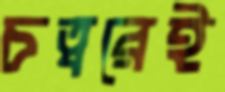
চত্বরেই